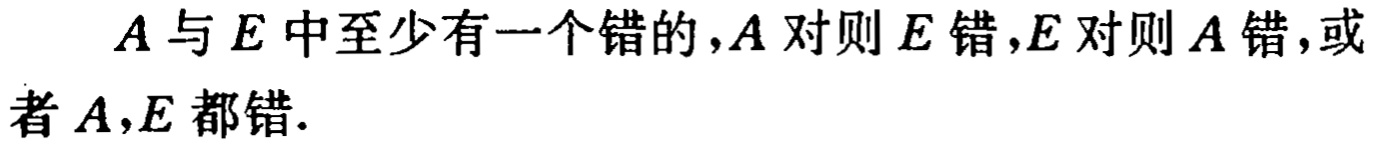
$A$与$E$中至少有一个错的，$A$对则$E$错，$E$对则$A$错，或者$A,E$都错.